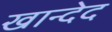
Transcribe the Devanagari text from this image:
खान्देद